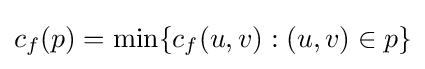
c_{f}(p)=\min\{c_{f}(u,v):(u,v)\in p\}